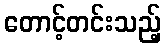
တောင့်တင်းသည့်